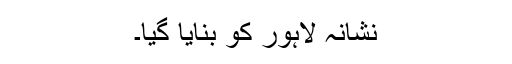
نشانہ لاہور کو بنایا گیا۔